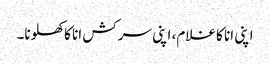
اپنی انا کا غلام، اپنی سرکش انا کا کھلونا۔